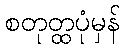
စတုတ္ထပုံမှန်